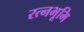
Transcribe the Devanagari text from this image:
रत्नभूमि